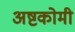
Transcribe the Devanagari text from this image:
अष्टकोमी